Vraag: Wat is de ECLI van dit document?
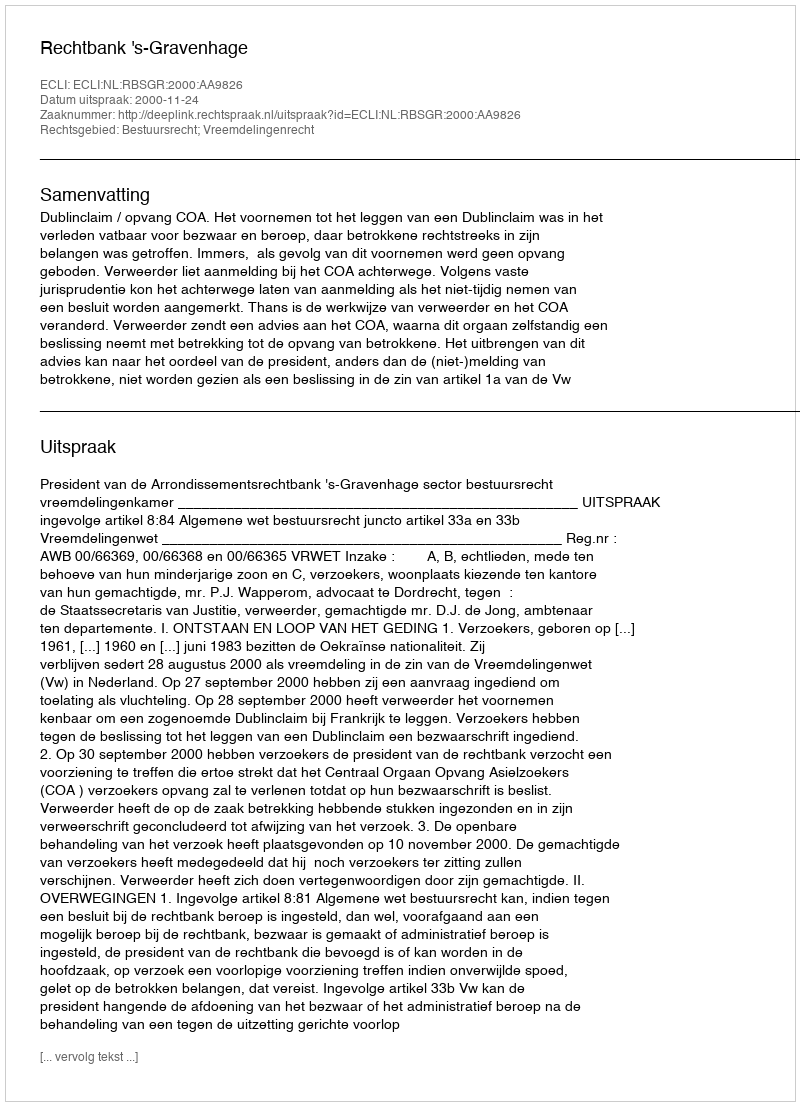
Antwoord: ECLI:NL:RBSGR:2000:AA9826